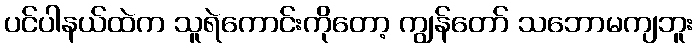
ပင်ပါနယ်ထဲက သူရဲကောင်းကိုတော့ ကျွန်တော် သဘောမကျဘူး